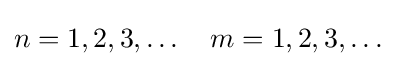
n=1,2,3,\dots \quad m=1,2,3,\dots